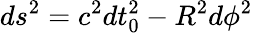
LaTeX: ds^{2}=c^{2}dt_{0}^{2}-R^{2}d\phi^{2}